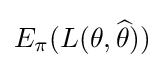
E_{\pi }(L(\theta ,{\widehat {\theta }}))